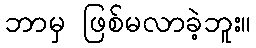
ဘာမှ ဖြစ်မလာခဲ့ဘူး။